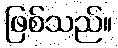
ဖြစ်သည်။